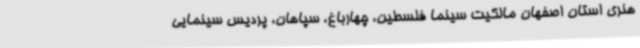
هنری استان اصفهان مالکیت سینما فلسطین، چهارباغ، سپاهان، پردیس سینمایی